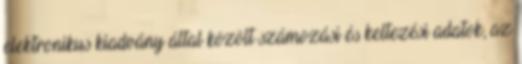
elektronikus kiadvány által közölt számozási és keltezési adatok, az